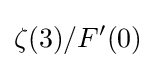
\zeta (3)/F'(0)